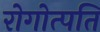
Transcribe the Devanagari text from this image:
रोगोत्पति